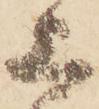
上